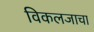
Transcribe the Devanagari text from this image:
विकलजाचा